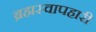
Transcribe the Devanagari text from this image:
ब्रह्मस्वापहारी